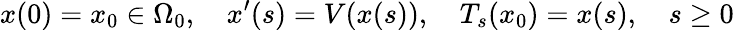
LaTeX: x(0)=x_{0}\in\Omega_{0},\quad x^{\prime}(s)=V(x(s)),\quad T_{s}(x_{0})=x(s),\quad s\geq 0